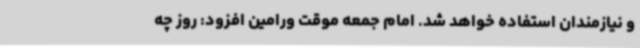
و نیازمندان استفاده خواهد شد. امام جمعه موقت ورامین افزود: روز چه